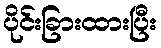
ပိုင်းခြားထားပြီး